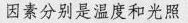
因素分别是温度和光照